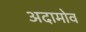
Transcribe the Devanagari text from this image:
अदामोव